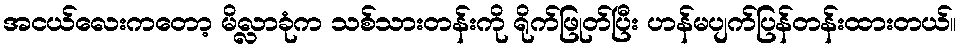
အငယ်လေးကတော့ မိလ္လာခုံက သစ်သားတန်းကို ရိုက်ဖြုတ်ပြီး ဟန်မပျက်ပြန်တန်းထားတယ်။